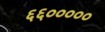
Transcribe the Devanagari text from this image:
६६०००००